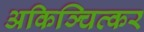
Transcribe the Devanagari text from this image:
अकिञ्चित्कर